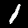
Digit: 1